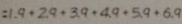
1 . 9 + 2 . 9 + 3 . 9 + 4 . 9 + 5 . 9 + 6 . 9